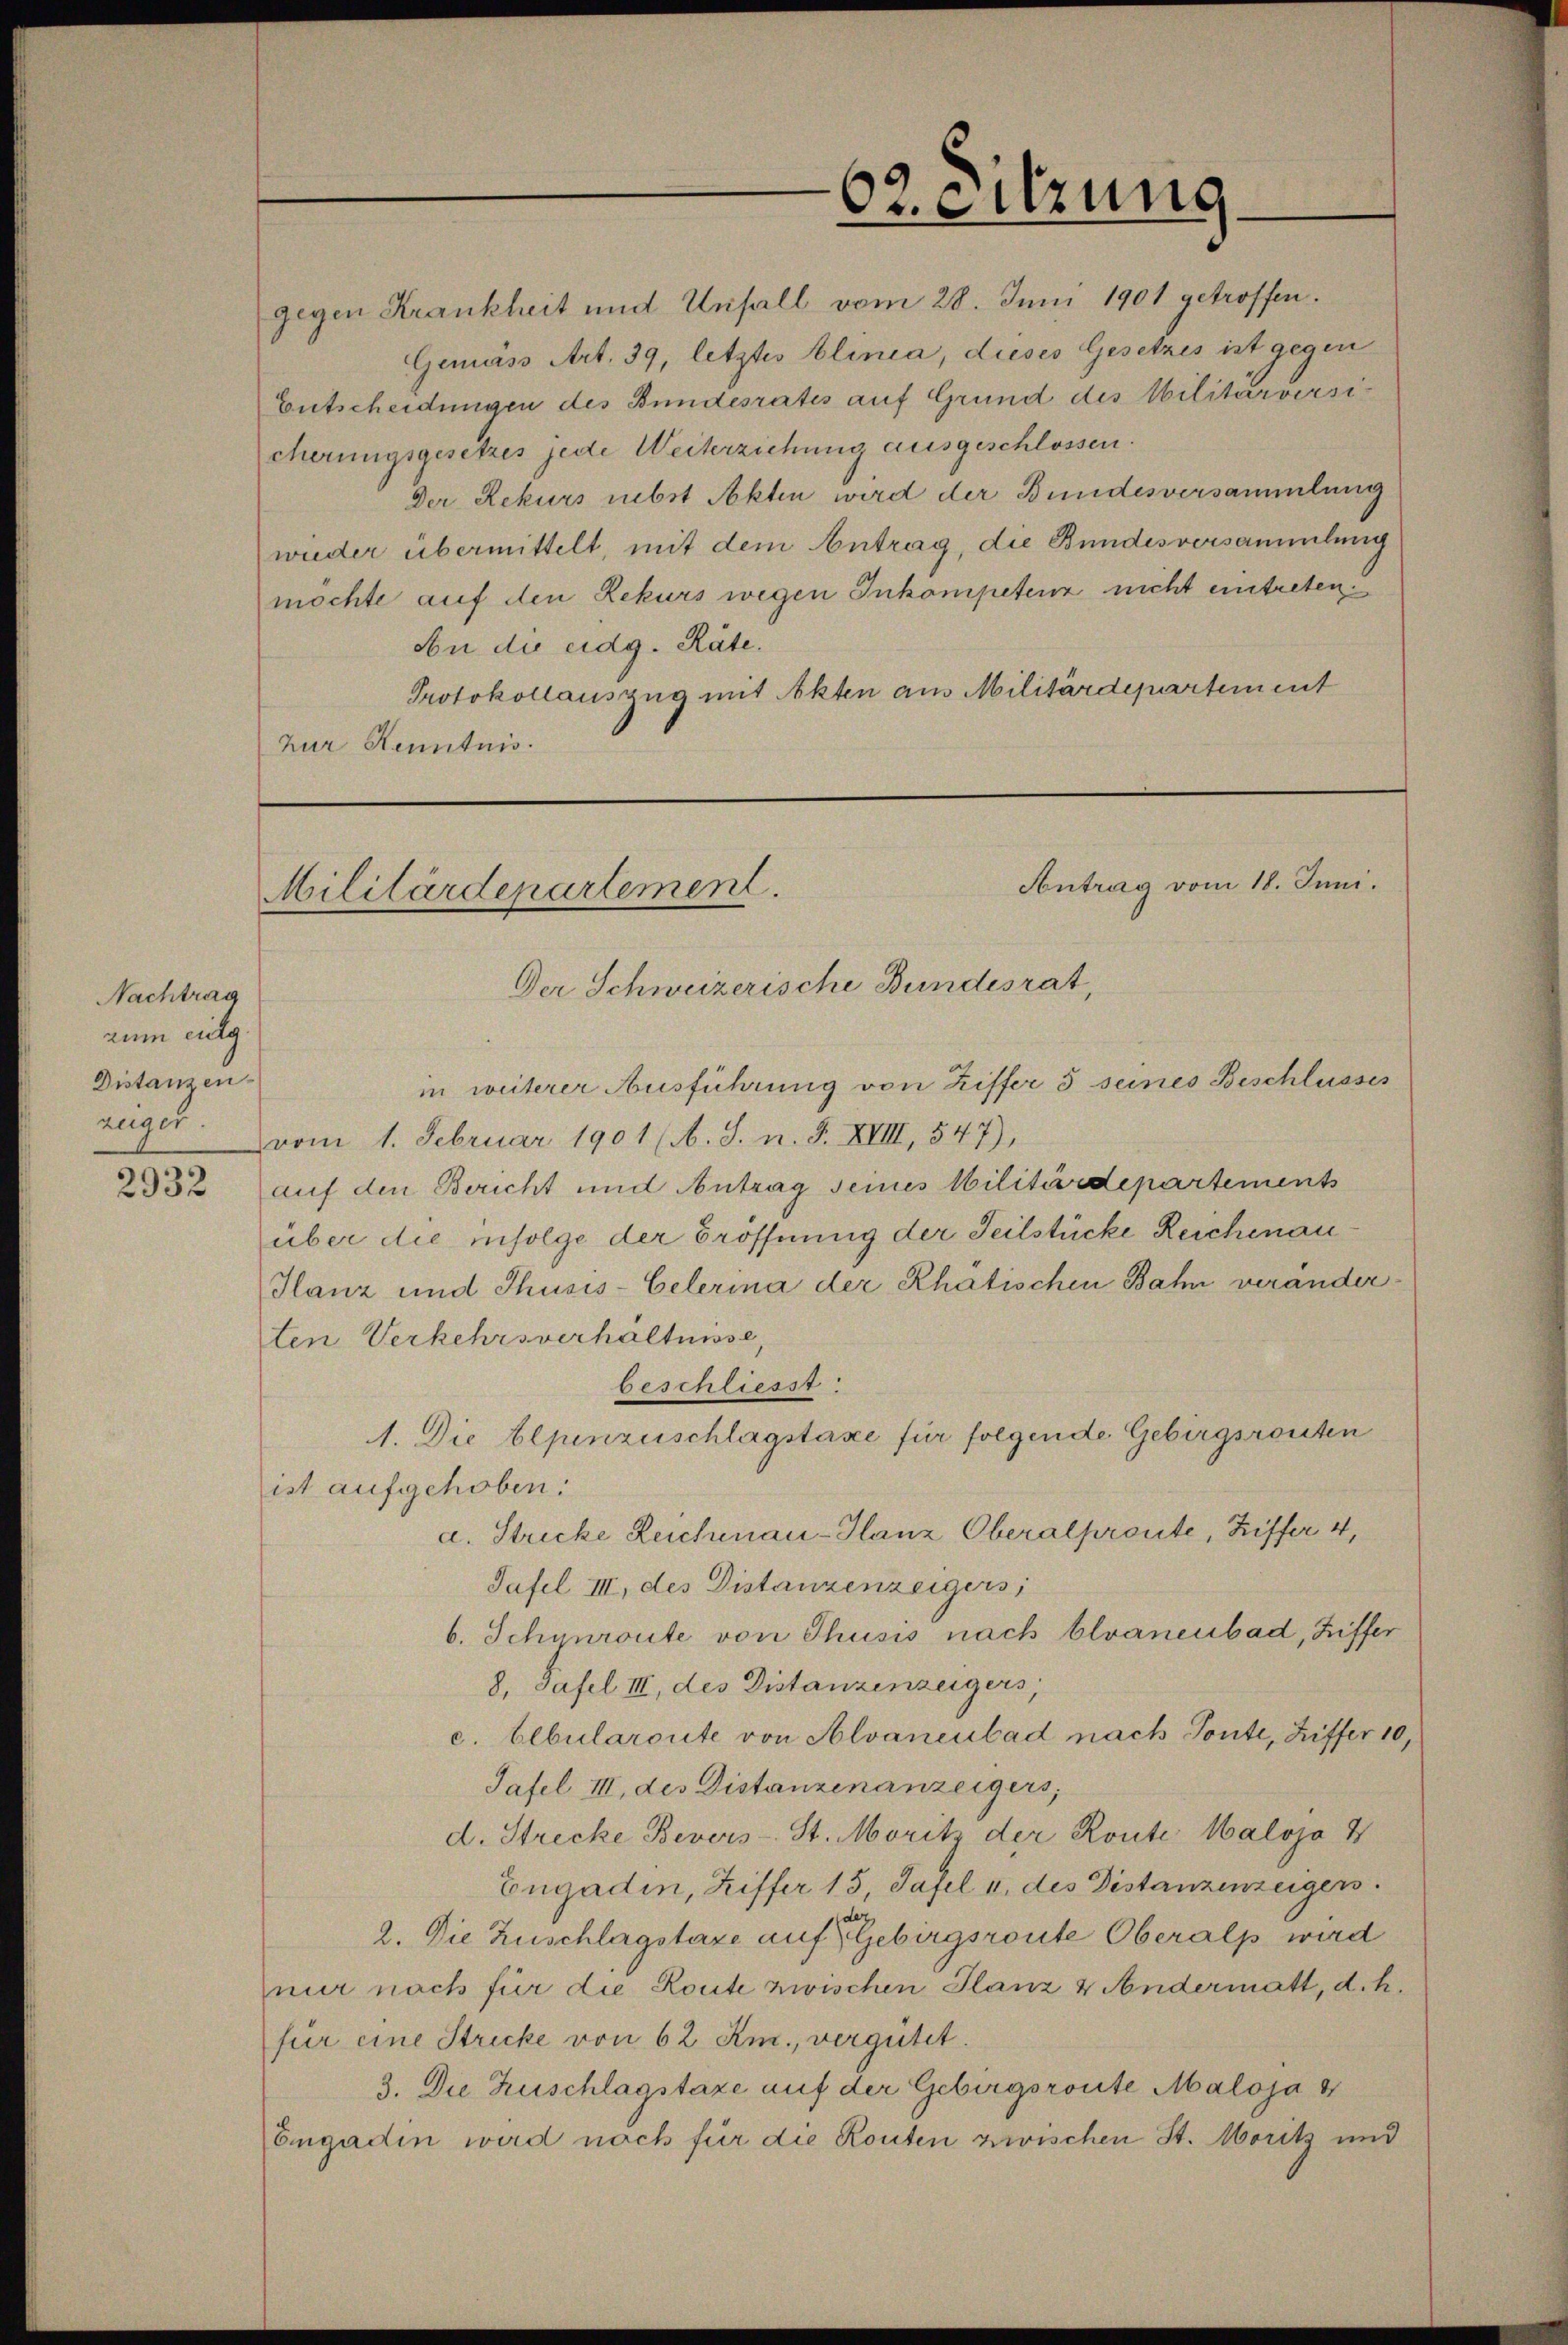
Nachtrag
zum eidg.
Distanzen.
zeiger.

Gemäss Art. 39, letztes Clinia, dieses Gesetzes ist gegen
Entscheidungen des Bundesrates auf Grund des Militärversicherungsgesetzes jede Weiterziehung ausgeschlossen.
Der Rekurs nebst Akten wird der Bundesversammlung
wieder übermittelt, mit dem Antrag, die Bundesversammlung
möchte auf den Rekurs wegen Inkompetenz nicht eintreten.
An die eidg. Räte.
Protokollauszug mit Akten aus Militärdepartement
zur Kenntnis.

62. Sitzung

Antrag vom 18. Juni.
Militärdepartement.
Der Schweizerische Bundesrat,

gegen Krankheit und Unfall vom 28. Juni 1901 getroffen.

in weiterer Ausführung von Ziffer 5 seines Beschlusses
vom 1. Februar 1901 (O. S. n. F. XVIII, 547),
232 auf den Bericht und Antrag seines Militärdepartements
über die infolge der Eröffnung der Teilstücke Reichenau¬
Hanz und Thusis-Celerina der Rhätischen Bahn veranderten Verkehrsverhältnisse,
beschliesst
1. Die Alpenzuschlagstaxe für folgende Gebirgsrouten
ist aufgehoben.
a. Stricke Zeichenau-Hanz Oberalproute, Ziffer 4,
Tafel III, des Distanzenzeigers,
b. Schynroute von Thusis nach blvanenbad, Ziffer
8. Tafel III, des Distanzenzeigers
c. Albularoute von Alvanenbad nach Tonte, Ziffer 10,
Tafel III, des Distanzen anzeigers,
d. Strecke Bevors-St. Moritz der Konte Maloja 4
Engadin, Ziffer 13, Tafel u. des Distanzenzeigen.
2. Die Zuschlagstaxe auf Gebirgsroute Oberalp wird
nur nach für die Route zwischen Glanz & Andermatt, d. h.
für eine Stricke von 62 Rm., vergütet.
3. Die Zuschlagstaxe auf der Gebirgsroute Maloja 4
Engadin wird noch für die Routen zwischen St. Moritz und